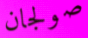
صولجان